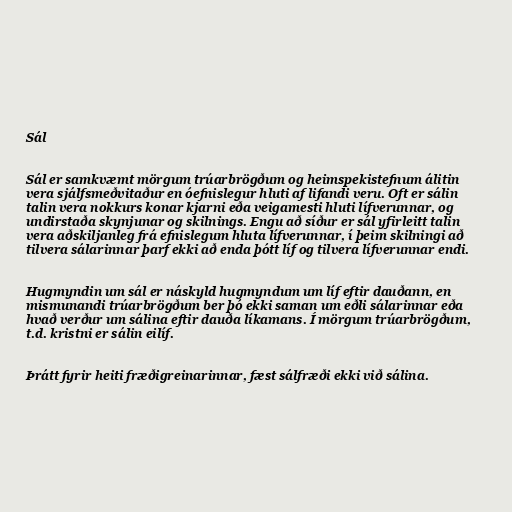
Sál

Sál er samkvæmt mörgum trúarbrögðum og heimspekistefnum álitin
vera sjálfsmeðvitaður en óefnislegur hluti af lifandi veru. Oft er sálin
talin vera nokkurs konar kjarni eða veigamesti hluti lífverunnar, og
undirstaða skynjunar og skilnings. Engu að síður er sál yfirleitt talin
vera aðskiljanleg frá efnislegum hluta lífverunnar, í þeim skilningi að
tilvera sálarinnar þarf ekki að enda þótt líf og tilvera lífverunnar endi.

Hugmyndin um sál er náskyld hugmyndum um líf eftir dauðann, en
mismunandi trúarbrögðum ber þó ekki saman um eðli sálarinnar eða
hvað verður um sálina eftir dauða líkamans. Í mörgum trúarbrögðum,
t.d. kristni er sálin eilíf.

Þrátt fyrir heiti fræðigreinarinnar, fæst sálfræði ekki við sálina.